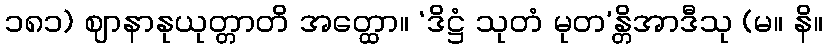
၁၈၁) ဈာနာနုယုတ္တာတိ အတ္ထော။ ‘ဒိဋ္ဌံ သုတံ မုတ’န္တိအာဒီသု (မ။ နိ။